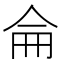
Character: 侖